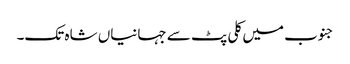
جنوب میں کلی پٹ سے جہانیاں شاہ تک۔